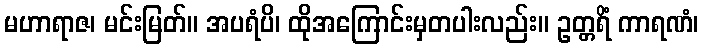
မဟာရာဇ၊ မင်းမြတ်။ အပရံပိ၊ ထိုအကြောင်းမှတပါးလည်း။ ဥတ္တရိံ ကာရဏံ၊